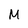
Character: M